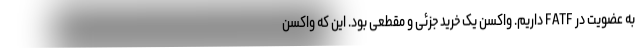
به عضویت در FATF داریم. واکسن یک خرید جزئی و مقطعی بود. این که واکسن